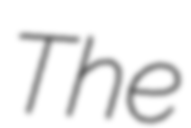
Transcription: The